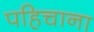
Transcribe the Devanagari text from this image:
पहिचाना